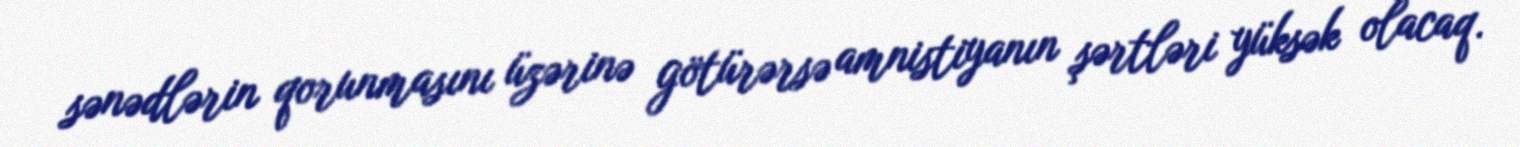
sənədlərin qorunmasını üzərinə götürərsə amnistiyanın şərtləri yüksək olacaq.